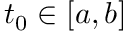
t _ { 0 } \in [ a , b ]